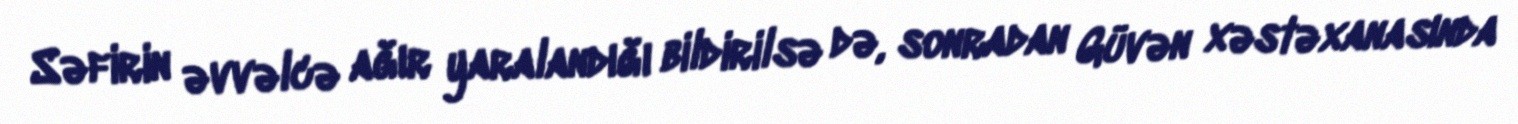
Səfirin əvvəlcə ağır yaralandığı bildirilsə də, sonradan Güvən xəstəxanasında